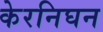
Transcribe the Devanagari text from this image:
केरनिघन